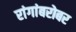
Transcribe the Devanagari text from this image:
रांगांबरोबर